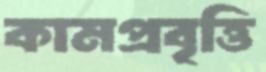
কামপ্রবৃত্তি